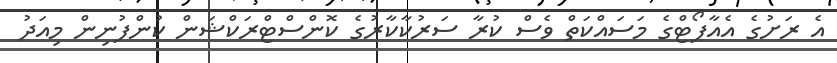
އެ ރަށުގެ އެއާޕޯޓްގެ މަސައްކަތް ވެސް ކުރާ ސަރުކާކާރުގެ ކޮންސްޓްރަކްޝަން ކުންފުނިން މިއަދު